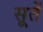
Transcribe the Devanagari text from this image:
सूतें